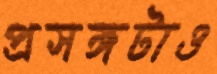
প্রসঙ্গটাও